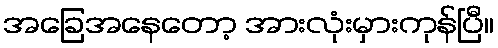
အခြေအနေတော့ အားလုံးမှားကုန်ပြီ။